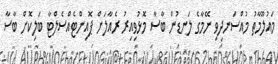
މައުލޫމާތު މުއްސަނދިވި ނޭމާގެ ލަނޑުން ބާސާ މޮޅުވިއިރު ރެއާލަށް ޕޮއިންޓެއްސެލްޓާ ބަލިކޮށް ބާސާ